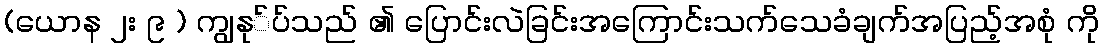
(ယောန ၂း ၉ ) ကျွနု်ပ်သည် ၏ ပြောင်းလဲခြင်းအကြောင်းသက်သေခံချက်အပြည့်အစုံ ကို